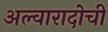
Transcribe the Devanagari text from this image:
अल्वारादोची